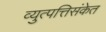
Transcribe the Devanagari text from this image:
व्युत्पत्तिसंकेत